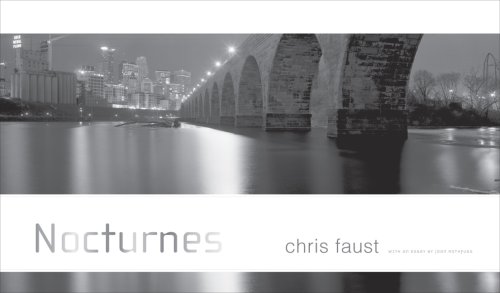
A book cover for Nocturnes; Chris Faust; Arts & Photography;